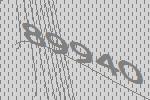
89940